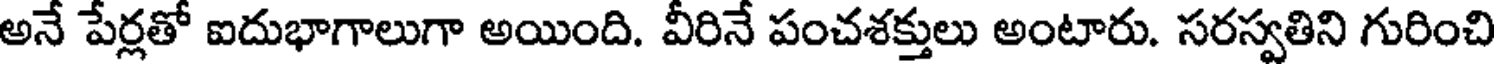
అనే పేర్లతో ఐదుభాగాలుగా అయింది. వీరినే పంచశక్తులు అంటారు. సరస్వతిని గురించి